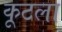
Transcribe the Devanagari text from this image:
कूटला